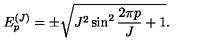
E _ { p } ^ { ( J ) } = \pm \sqrt { J ^ { 2 } \sin ^ { 2 } \frac { 2 \pi p } { J } + 1 } .